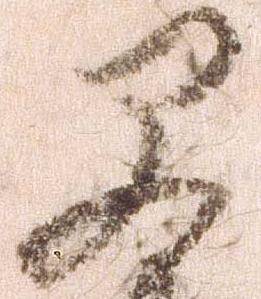
早